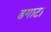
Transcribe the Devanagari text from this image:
ढगाटा